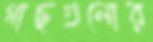
গাছগুলোর